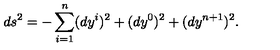
d s ^ { 2 } = - \sum _ { i = 1 } ^ { n } ( d y ^ { i } ) ^ { 2 } + ( d y ^ { 0 } ) ^ { 2 } + ( d y ^ { n + 1 } ) ^ { 2 } .